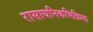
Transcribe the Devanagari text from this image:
रासायनिकभिक्रिया